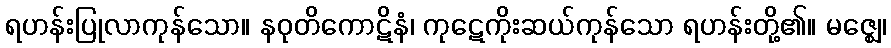
ရဟန်းပြုလာကုန်သော။ နဝုတိကောဋိနံ၊ ကုဋေကိုးဆယ်ကုန်သော ရဟန်းတို့၏။ မဇ္ဈေ၊